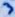
Text: 3